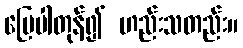
မြေပါတုန်၍ ဟည်းသတည်း။